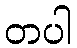
တပါ